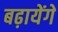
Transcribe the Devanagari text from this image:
बढ़ायेंगे